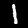
Digit: 1